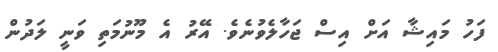
ފަހު މައިޝާ އަށް އިސް ޖަހާލެވުނެވެ. އޭރު އެ މޫނުމަތި ވަނީ ލަދުން